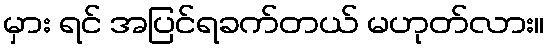
မှား ရင် အပြင်ရခက်တယ် မဟုတ်လား။